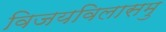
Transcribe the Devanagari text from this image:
विजयविलासमु